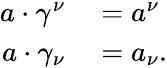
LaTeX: \begin{array}{rl}{a\cdot\gamma^{\nu}}&{{}=a^{\nu}}\\ {a\cdot\gamma_{\nu}}&{{}=a_{\nu}.}\end{array}